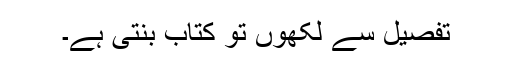
تفصیل سے لکھوں تو کتاب بنتی ہے۔